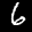
Label: 6